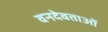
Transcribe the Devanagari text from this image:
वनदेवताओं